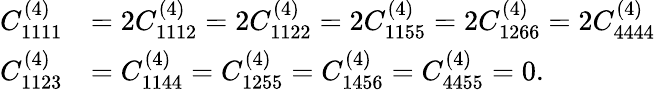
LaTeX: \begin{array}{rl}{C_{1111}^{(4)}}&{=2C_{1112}^{(4)}=2C_{1122}^{(4)}=2C_{1155}^{(4)}=2C_{1266}^{(4)}=2C_{4444}^{(4)}}\\ {C_{1123}^{(4)}}&{=C_{1144}^{(4)}=C_{1255}^{(4)}=C_{1456}^{(4)}=C_{4455}^{(4)}=0.}\end{array}